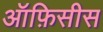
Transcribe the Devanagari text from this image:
ऑफ़िसीस